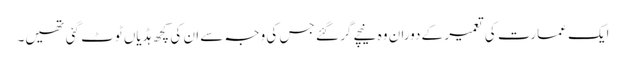
ایک عمارت کی تعمیر کے دوران وہ نیچے گر گئے جس کی وجہ سے ان کی کچھ ہڈیاں ٹوٹ گئی تھیں۔